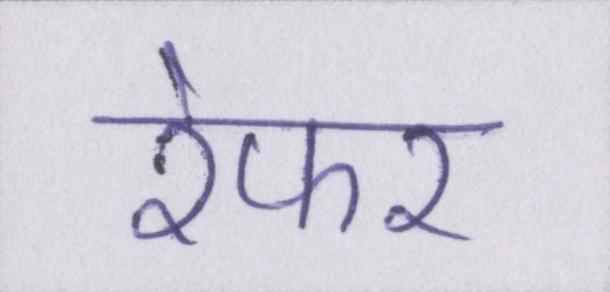
रेफर